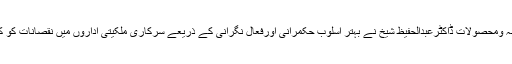
12 ستمبر2019ء) وزیراعظم کے مشیر برائے خزانہ ومحصولات ڈاکٹرعبدالحفیظ شیخ نے بہتر اسلوب حکمرانی اورفعال نگرانی کے ذریعے سرکاری ملکیتی اداروں میں نقصانات کو کم کرنے کیلئے کوششوں کی ضرورت پر زوردیاہے۔